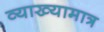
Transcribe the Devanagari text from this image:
व्याख्यामात्र